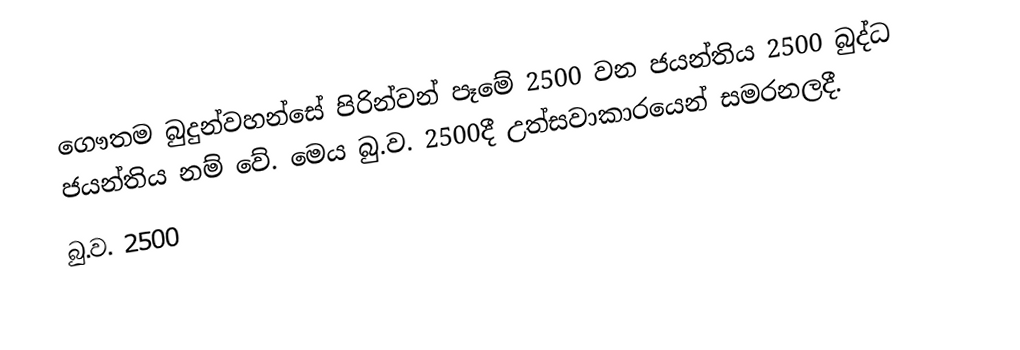
ගෞතම බුදුන්වහන්සේ පිරින්වන් පෑමේ 2500 වන ජයන්තිය 2500 බුද්ධ ජයන්තිය  නම් වේ. මෙය බු.ව. 2500දී උත්සවාකාරයෙන් සමරනලදී.
බු.ව. 2500